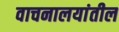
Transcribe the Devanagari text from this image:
वाचनालयांतील